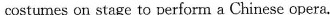
costumes on stage to perform a Chinese opera.